Bréfritari: Sigurður Jónsson
Viðtakandi: Jón Borgfirðings Jónsson
Dagsetning: A-1857-10-04
Skrifað á: Möðrudal  N-Múl.

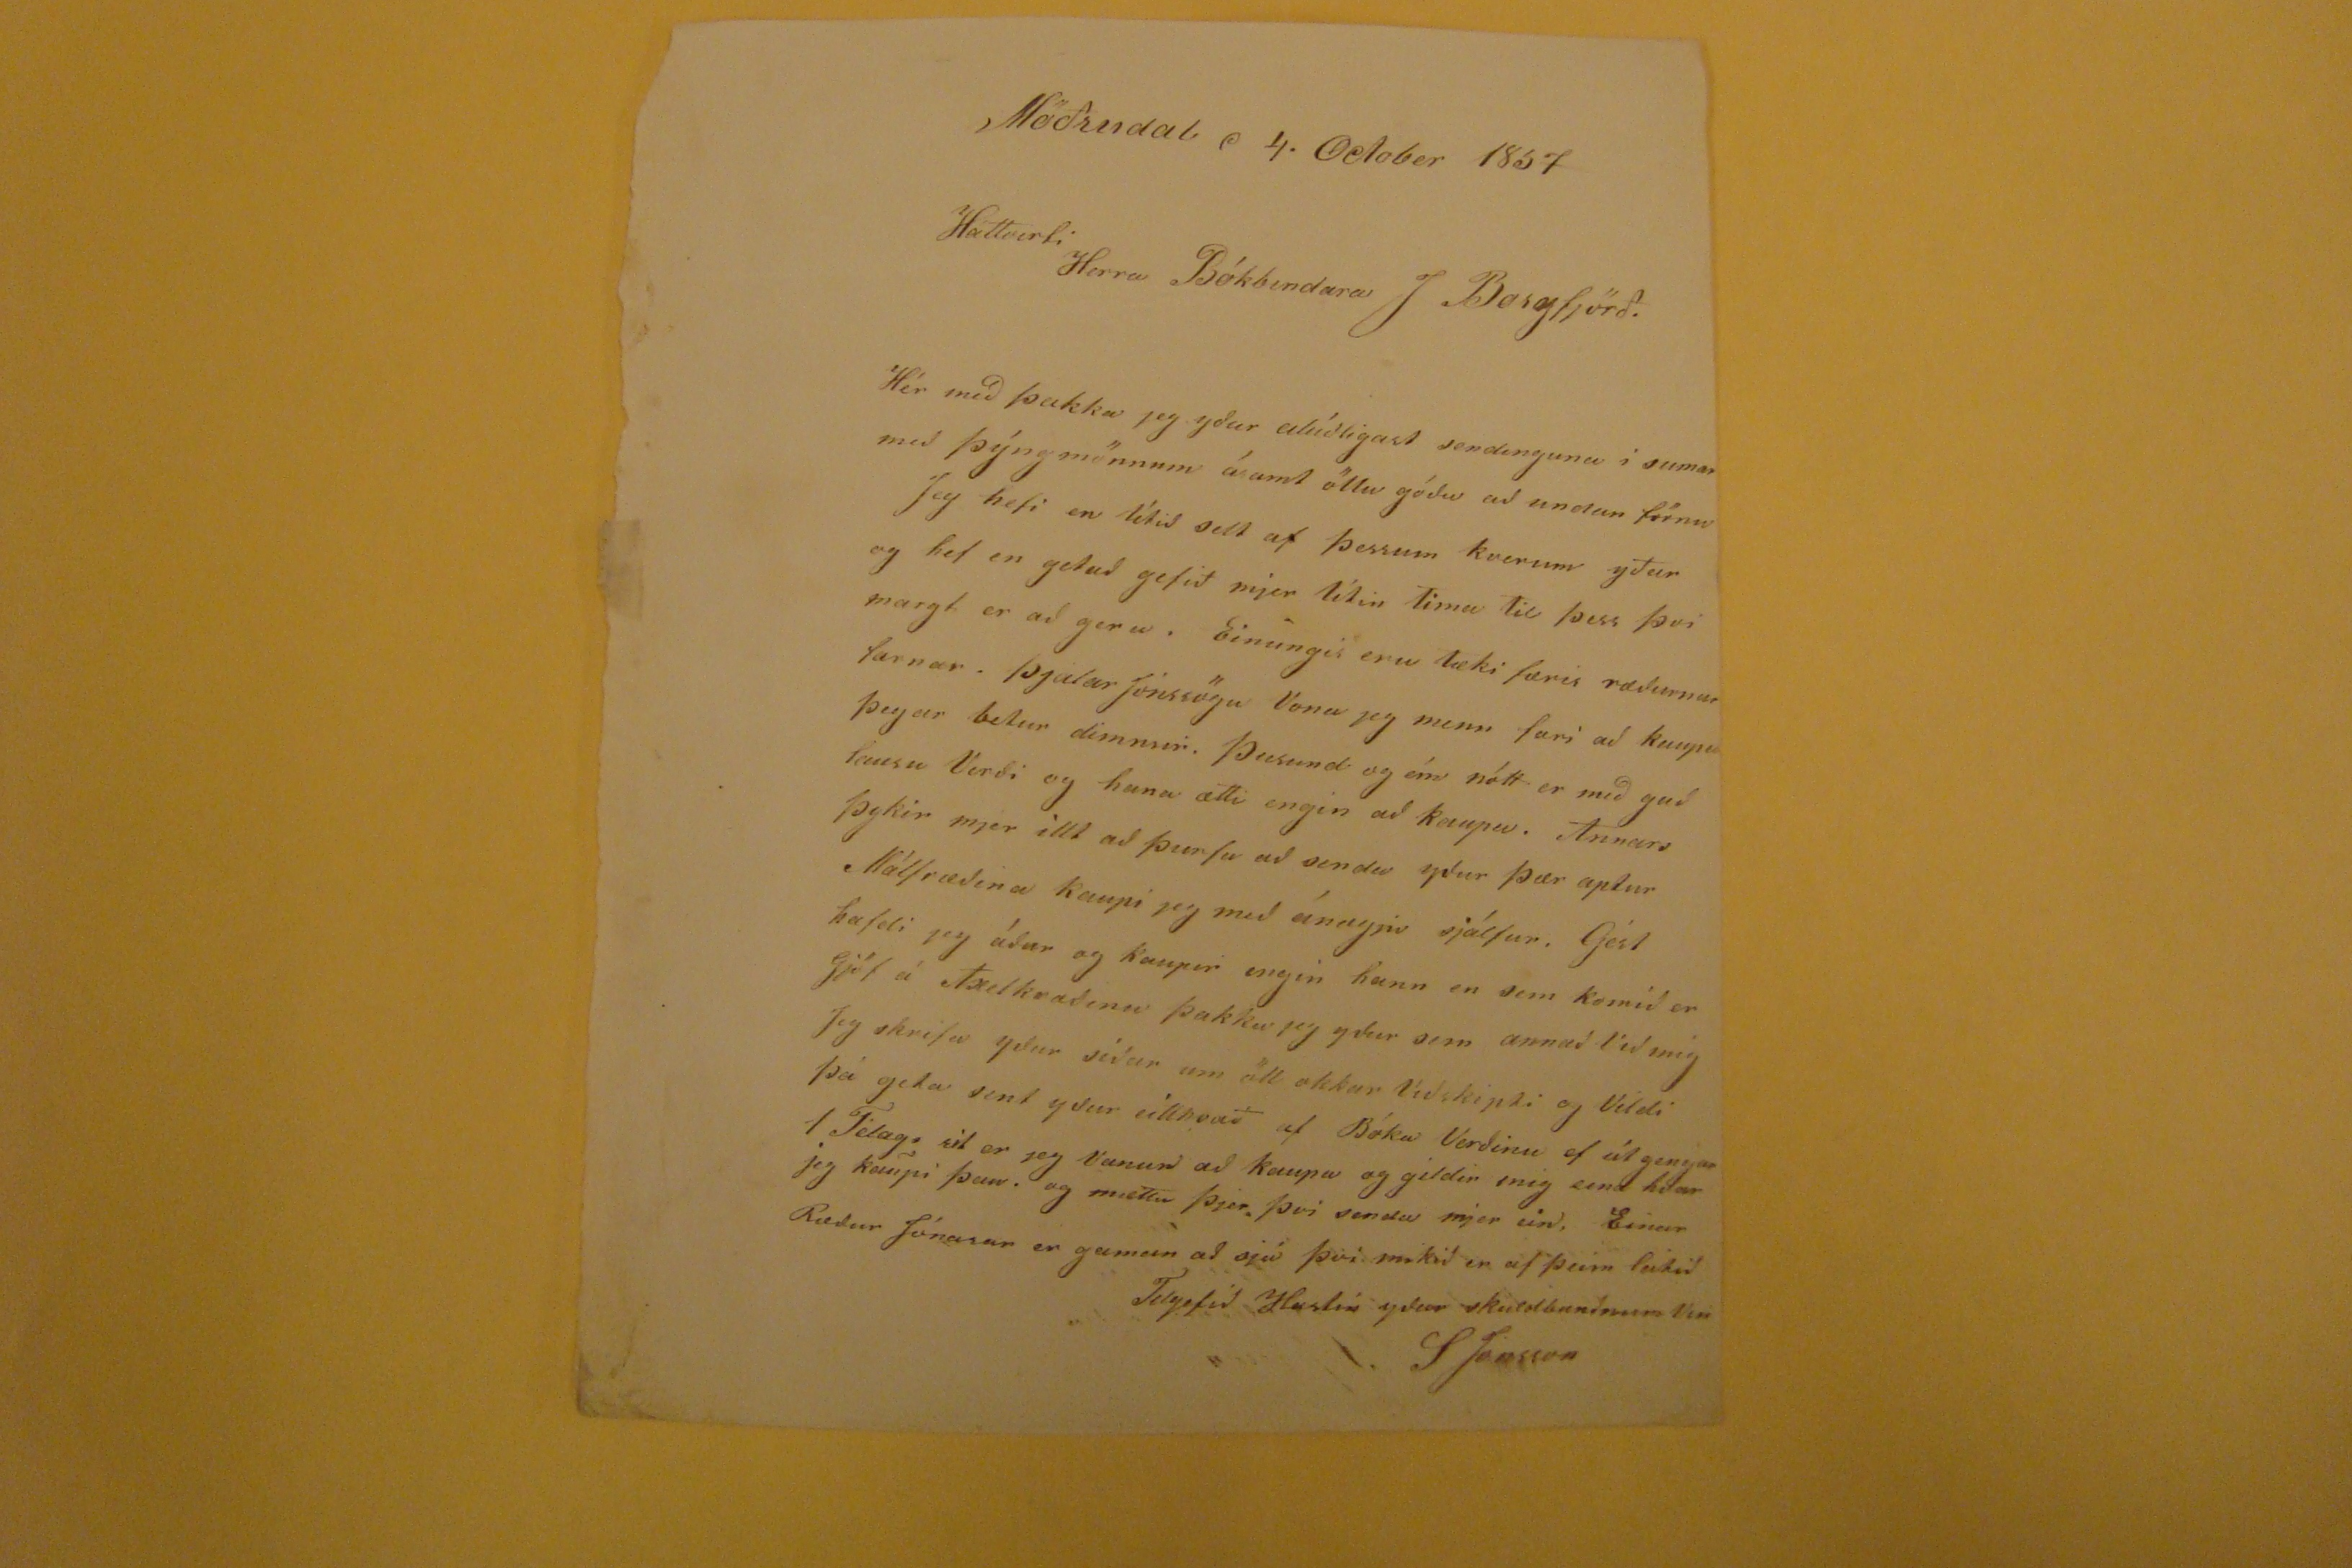

Möðrudal d 4. October 1857
Hattverti Herra Bókbindara J Borgfjörð.
Hér með þakka jeg yður alúðligast sendinguna í sumar með Þýngmönnum ásamt öllu ´goðu að undan förnu Jeg hefi en lítið selt af þessum kverum yðar og hef en getað gefið mjer litin tíma til þess því margt er að gera. Einungis eru tækifæri ræðurnar farnar. Þjalar Jónssögu VOna jeg menn fari að kaupa lausu verði og hana ætti engin að kaupa. Annars Málfræðina kaupi jeg með ánægju sjálfur. Gért Gjöf á
Axelkraðinu
þakku jeg yður sem annað Við mig Jeg skrifa yður síðar um öll okkar Viðskipti og Vildi þá geta sent yður eitthvað af Bóka Verðinu ef útgengur 1 Félags rit er jeg Vanur að kaupa og gildir mig eina hvar jeg kaupi þau. og mættu þjer því senda mjer ein, Einar Ræður Jónasar er gaman að sjá því mikið er af þeim latið
Tilgefið Hastin yðar skuldnunðnum Vin
S Jónsson